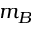
m _ { B }